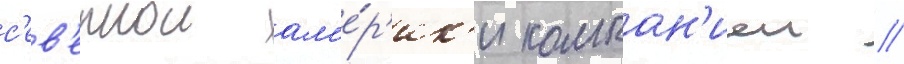
с'ев'ернои ам'е́р'ик'и компан'иеи //